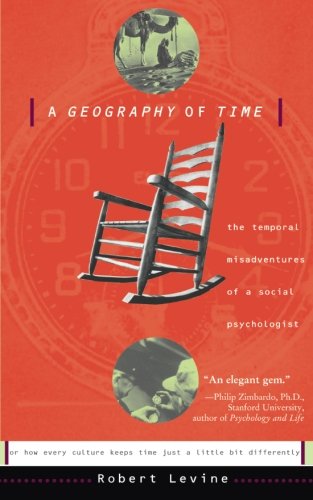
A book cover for A Geography Of Time: The Temporal Misadventures of a Social Psychologist; Robert V. Levine; Science & Math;